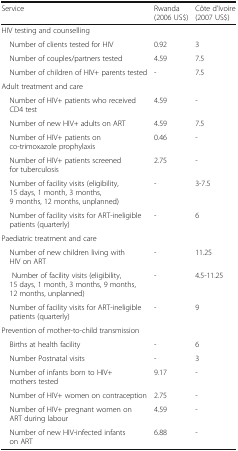
| Service | Rwanda (2006 US$) | Côte d’Ivoire (2007 US$) |
 | --- | --- | --- |
 | <COLSPAN=3> HIV testing and counselling |
 | Number of clients tested for HIV | 0.92 | 3 |
 | Number of couples/partners tested | 4.59 | 7.5 |
 | Number of children of HIV+ parents tested | - | 7.5 |
 | <COLSPAN=3> Adult treatment and care |
 | Number of HIV+ patients who received CD4 test | 4.59 | - |
 | Number of new HIV+ adults on ART | 4.59 | 7.5 |
 | Number of HIV+ patients on co-trimoxazole prophylaxis | 0.46 | - |
 | Number of HIV+ patients screened for tuberculosis | 2.75 | - |
 | Number of facility visits (eligibility, 15 days, 1 month, 3 months, 9 months, 12 months, unplanned) | - | 3-7.5 |
 | Number of facility visits for ART-ineligible patients (quarterly) | - | 6 |
 | <COLSPAN=3> Paediatric treatment and care |
 | Number of new children living with HIV on ART | - | 11.25 |
 | Number of facility visits (eligibility, 15 days, 1 month, 3 months, 9 months, 12 months, unplanned) | - | 4.5-11.25 |
 | Number of facility visits for ART-ineligible patients (quarterly) | - | 9 |
 | <COLSPAN=3> Prevention of mother-to-child transmission |
 | Births at health facility | - | 6 |
 | Number Postnatal visits | - | 3 |
 | Number of infants born to HIV+ mothers tested | 9.17 | - |
 | Number of HIV+ women on contraception | 2.75 | - |
 | Number of HIV+ pregnant women on ART during labour | 4.59 | - |
 | Number of new HIV-infected infants on ART | 6.88 | - |